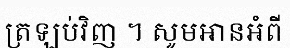
ត្រឡប់វិញ ។ សូមអានអំពី